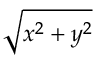
\sqrt { x ^ { 2 } + y ^ { 2 } }